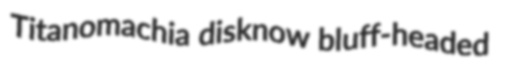
Titanomachia disknow bluff-headed